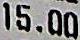
15.00